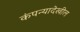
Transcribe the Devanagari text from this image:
कंपन्यादेखील